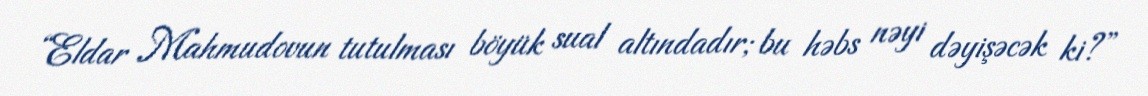
“Eldar Mahmudovun tutulması böyük sual altındadır; bu həbs nəyi dəyişəcək ki?”